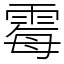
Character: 霉